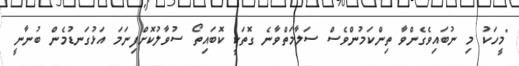
"މީހަކު މިި ނުބައިވެގެންވާ ތިންކަމުންވެސް ސަލާމަތްވާނެ ގޮތަކީ ކޮބައިތޯ ސުވާލުކޮށްފިނަމަ އަޅުގަނޑުމެން ބުނާނީ